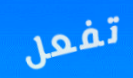
تفعل